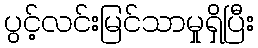
ပွင့်လင်းမြင်သာမှုရှိပြီး